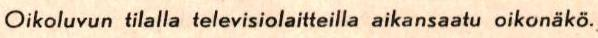
Oikoluvun tilalla televisiolaitteilla aikansaatu oikonäkö.